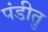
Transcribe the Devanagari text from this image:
पंडीतु